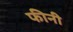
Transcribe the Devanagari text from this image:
फीनी